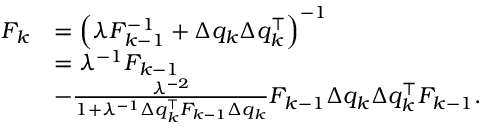
\begin{array} { r l } { F _ { k } } & { = \Big ( \lambda F _ { k - 1 } ^ { - 1 } + \Delta q _ { k } \Delta q _ { k } ^ { \top } \Big ) ^ { - 1 } } \\ & { = \lambda ^ { - 1 } F _ { k - 1 } } \\ & { - \frac { \lambda ^ { - 2 } } { 1 + \lambda ^ { - 1 } \Delta q _ { k } ^ { \top } F _ { k - 1 } \Delta q _ { k } } F _ { k - 1 } \Delta q _ { k } \Delta q _ { k } ^ { \top } F _ { k - 1 } . } \end{array}